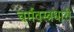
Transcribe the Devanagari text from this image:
चर्मवस्त्रधारी